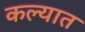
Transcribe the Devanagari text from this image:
कल्यात